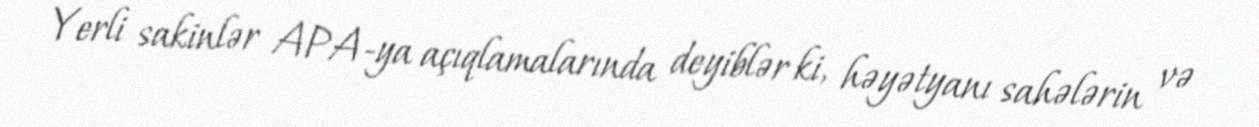
Yerli sakinlər APA-ya açıqlamalarında deyiblər ki, həyətyanı sahələrin və